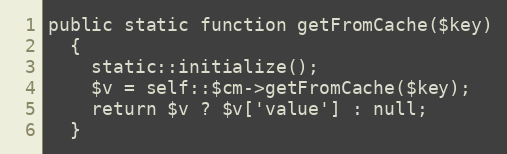
Language: PHP
public static function getFromCache($key)
  {
    static::initialize();
    $v = self::$cm->getFromCache($key);
    return $v ? $v['value'] : null;
  }